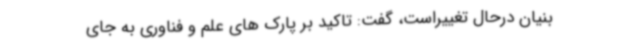
بنیان درحال تغییراست، گفت: تاکید بر پارک ‌های علم و فناوری به جای